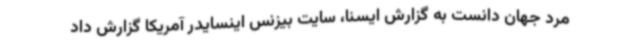
مرد جهان دانست به گزارش ایسنا، سایت بیزنس اینسایدر آمریکا گزارش داد